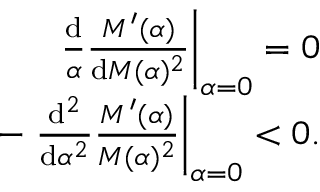
\begin{array} { r } { \left. \frac { \mathrm { d } } { \alpha } \frac { M ^ { \prime } ( \alpha ) } { \mathrm { d } M ( \alpha ) ^ { 2 } } \right| _ { \alpha = 0 } = 0 } \\ { - \left. \frac { \mathrm { d } ^ { 2 } } { \mathrm { d } \alpha ^ { 2 } } \frac { M ^ { \prime } ( \alpha ) } { M ( \alpha ) ^ { 2 } } \right| _ { \alpha = 0 } < 0 . } \end{array}